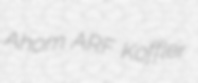
Ahom ARF Koffler